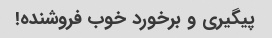
پیگیری و برخورد خوب فروشنده!